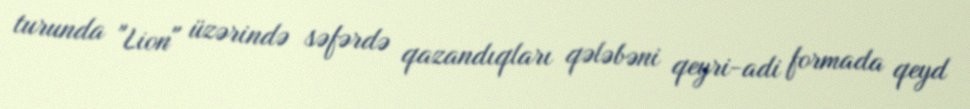
turunda "Lion" üzərində səfərdə qazandıqları qələbəni qeyri-adi formada qeyd